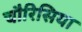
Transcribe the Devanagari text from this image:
चौरिसिया